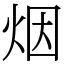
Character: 烟